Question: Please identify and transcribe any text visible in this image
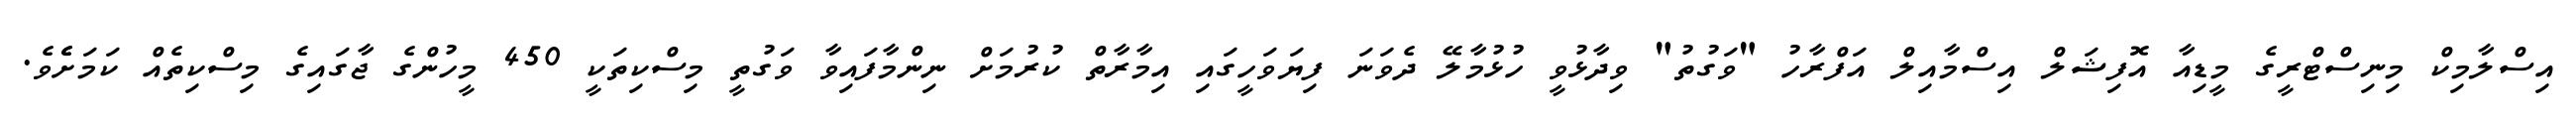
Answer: އިސްލާމިކް މިނިސްޓްރީގެ މީޑިއާ އޮފިޝަލް އިސްމާއިލް އަފްރާހު "ވަގުތު" ވިދާޅުވީ ހުޅުމާލޭ ދެވަނަ ފިޔަވަހީގައި އިމާރާތް ކުރުމަށް ނިންމާފައިވާ ވަގުތީ މިސްކިތަކީ 450 މީހުންގެ ޖާގައިގެ މިސްކިތެއް ކަމަށެެވެ.